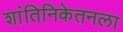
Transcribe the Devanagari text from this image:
शांतिनिकेतनला